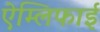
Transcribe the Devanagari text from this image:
ऐम्लिफाई